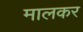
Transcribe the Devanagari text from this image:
मालकर